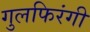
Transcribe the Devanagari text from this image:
गुलफिरंगी